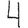
Digit: 4